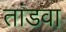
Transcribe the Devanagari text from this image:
तांडवा